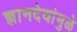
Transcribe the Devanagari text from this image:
ज्ञानदेवांमुळे